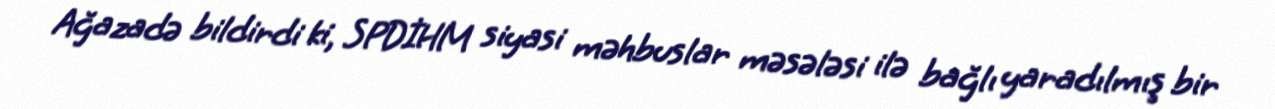
Ağazadə bildirdi ki, SPDİHM siyasi məhbuslar məsələsi ilə bağlı yaradılmış bir